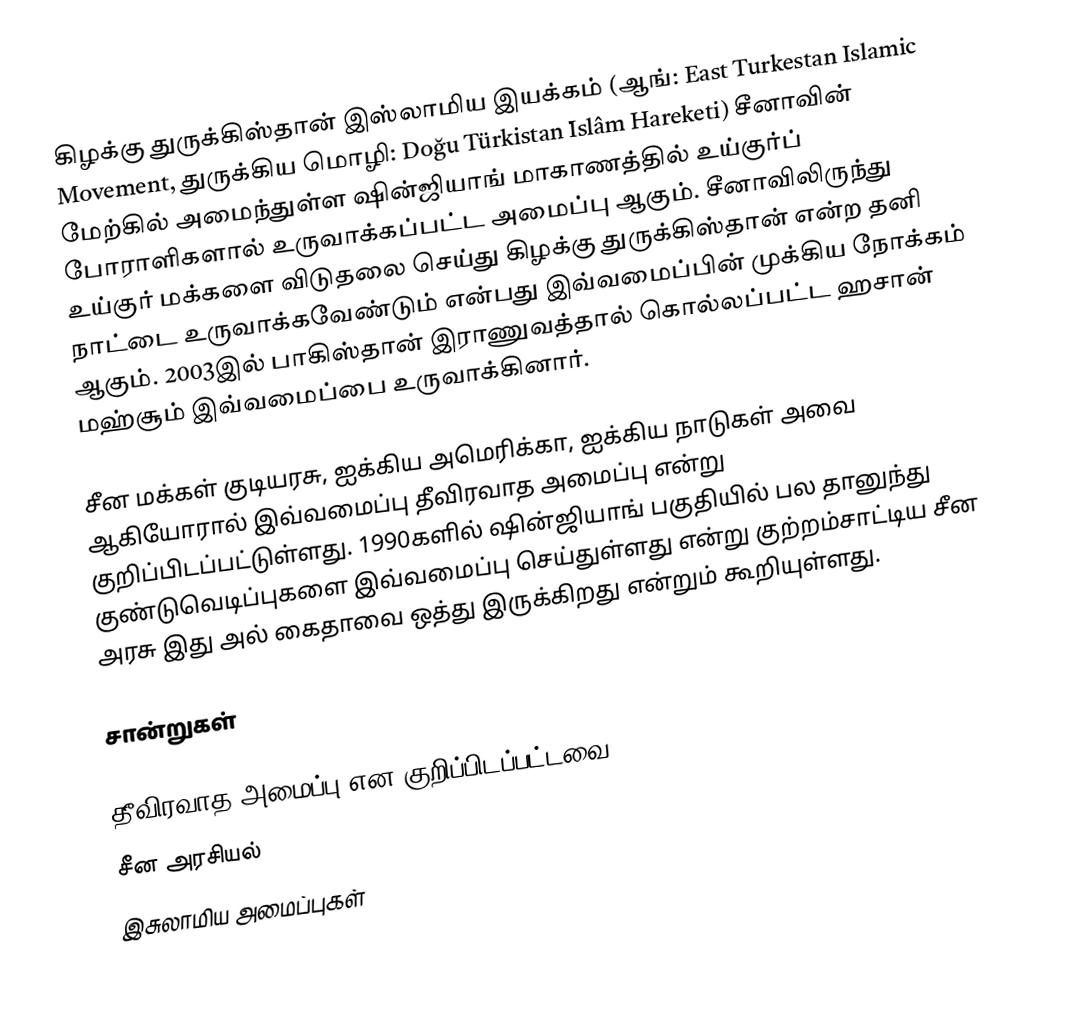
கிழக்கு துருக்கிஸ்தான் இஸ்லாமிய இயக்கம் (ஆங்: East Turkestan Islamic Movement, துருக்கிய மொழி: Doğu Türkistan İslâm Hareketi) சீனாவின் மேற்கில் அமைந்துள்ள ஷின்ஜியாங் மாகாணத்தில் உய்குர்ப் போராளிகளால் உருவாக்கப்பட்ட அமைப்பு ஆகும். சீனாவிலிருந்து உய்குர் மக்களை விடுதலை செய்து கிழக்கு துருக்கிஸ்தான் என்ற தனி நாட்டை உருவாக்கவேண்டும் என்பது இவ்வமைப்பின் முக்கிய நோக்கம் ஆகும். 2003இல் பாகிஸ்தான் இராணுவத்தால் கொல்லப்பட்ட ஹசான் மஹ்சூம் இவ்வமைப்பை உருவாக்கினார்.

சீன மக்கள் குடியரசு, ஐக்கிய அமெரிக்கா, ஐக்கிய நாடுகள் அவை ஆகியோரால் இவ்வமைப்பு தீவிரவாத அமைப்பு என்று குறிப்பிடப்பட்டுள்ளது.    1990களில் ஷின்ஜியாங் பகுதியில் பல தானுந்து குண்டுவெடிப்புகளை இவ்வமைப்பு செய்துள்ளது என்று குற்றம்சாட்டிய சீன அரசு இது அல் கைதாவை ஒத்து இருக்கிறது என்றும் கூறியுள்ளது.

சான்றுகள்

தீவிரவாத அமைப்பு என குறிப்பிடப்பட்டவை
சீன அரசியல்
இசுலாமிய அமைப்புகள்